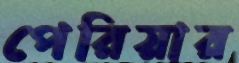
পেরিয়ার